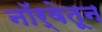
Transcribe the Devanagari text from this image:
नॉर्वेतून